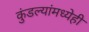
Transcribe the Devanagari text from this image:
कुंडल्यांमध्येही